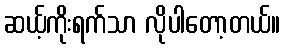
ဆယ့်ကိုးရက်သာ လိုပါတော့တယ်။